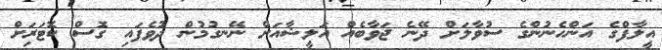
އީލާފްގެ އަންހެނުންގެ ސުވާލަށް ދޭނެ ޖަވާބެއް އަލީޝާއަށް ނޭނގުމުން ދުވެފައި ގޮސް ކޮޓަރިަށް